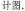
计图.